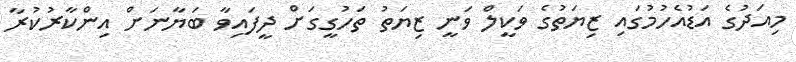
މިއަދުގެ އަޑުއެހުމުގައި ޒިޔަތުގެ ވަކީލް ވަނީ ޒިޔަތު ތަހުގީގަށް ދީފައިވާ ބަޔާނަށް އިންކާރުކުރާ